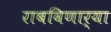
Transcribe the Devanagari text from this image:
राबविणार्या